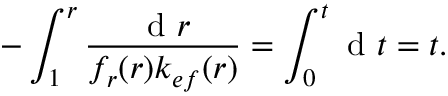
- \int _ { 1 } ^ { r } \frac { \mathrm { ~ d ~ } r } { f _ { r } ( r ) k _ { e f } ( r ) } = \int _ { 0 } ^ { t } \mathrm { ~ d ~ } t = t .